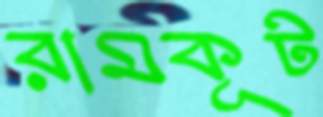
রামকূট